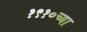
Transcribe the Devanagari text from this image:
१९१०च्या